Tezpur Lunatic Asylum reports 1895-1904 - 1895-1904
Year: 1895
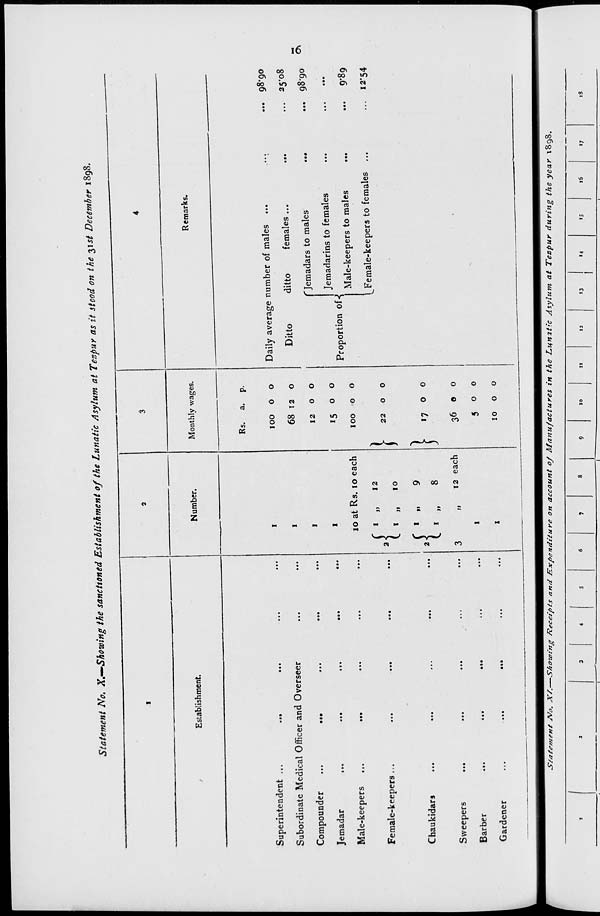
Statement No. X.—Showing the sanctioned Establishment of the Lunatic Asylum at Tezpur as it stood on the 315* December 1898.
Establishment.
Superintendent ...
...
Subordinate Medical Officer and Overseer
Compounder
...
...
Jemadar
,,«
...
...
Male-keepers
...
...
Female-keepers...
Chaukidars
...
...
Sweepers
...
Barber
...
...
•••
Gardener
...
...
•••
Number.
10 at Rs. 10 each
{
{
12
10
9 .
8
12 each
Monthly wages.
\
}
Rs. a. p.
100 O o
68 12 0
12 o 0
15 o o
100 o o
22 0 0
17 0 0
36 O O
5 0 0
10 0 0
Remarks.
Daily average number of males
Ditto
ditto
females ...
'Jemadars to males
..•
Jemadarins to females
Male-keepers to males
Female-keepers to females ...
Proportion of-{
... 98*90
... 25-08
... 98*90
0\
...
»••
9*89
... i2"54
^ai^nent ATo. X,.-S*o„ t n g Kece^ts and JS^entiture on account oj Manufactures in the Lun^c Asylum at Tezpur during the year x8 9 8.
12
13
14
16
17
is